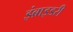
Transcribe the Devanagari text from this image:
इंब्राइडरी